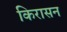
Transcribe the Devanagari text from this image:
किरासन